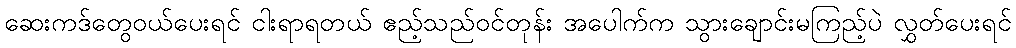
ဆေးကဒ်တွေဝယ်ပေးရင် ငါးရာရတယ် ဧည့်သည်ဝင်တုန်း အပေါက်က သွားချောင်းမကြည့်ပဲ လွှတ်ပေးရင်